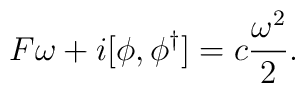
F \omega  + i[ \phi, \phi^\dagger ] = c \frac{\omega^2}2.